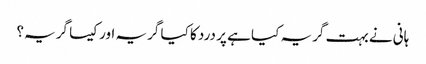
ہانی نے بہت گریہ کیا ہے پر درد کا کیا گریہ اور کیسا گریہ؟